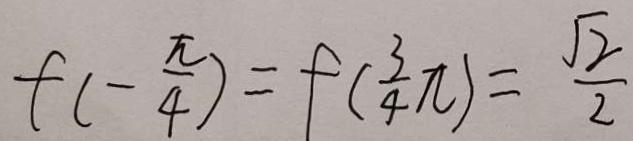
f ( - \frac { \pi } { 4 } ) = f ( \frac { 3 } { 4 } \pi ) = \frac { \sqrt { 2 } } { 2 }